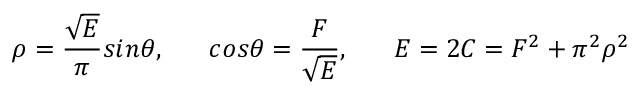
\rho = \frac { \sqrt E } { \pi } s i n \theta , \; \; \; \; \; \; c o s \theta = \frac { F } { \sqrt E } , \; \; \; \; \; \; E = 2 C = F ^ { 2 } + \pi ^ { 2 } \rho ^ { 2 }